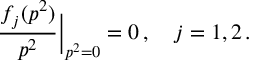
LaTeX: \frac { f _ { j } ( p ^ { 2 } ) } { p ^ { 2 } } { \bigg | } _ { p ^ { 2 } = 0 } = 0 \, , \quad j = 1 , 2 \, .